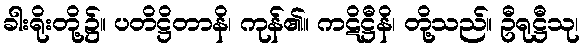
ခါးရိုးတို့၌။ ပတိဋ္ဌိတာနိ၊ ကုန်၏။ ကဋိဋ္ဌီနိ၊ တို့သည်။ ဦရုဋ္ဌီသု၊